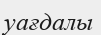
уағдалы